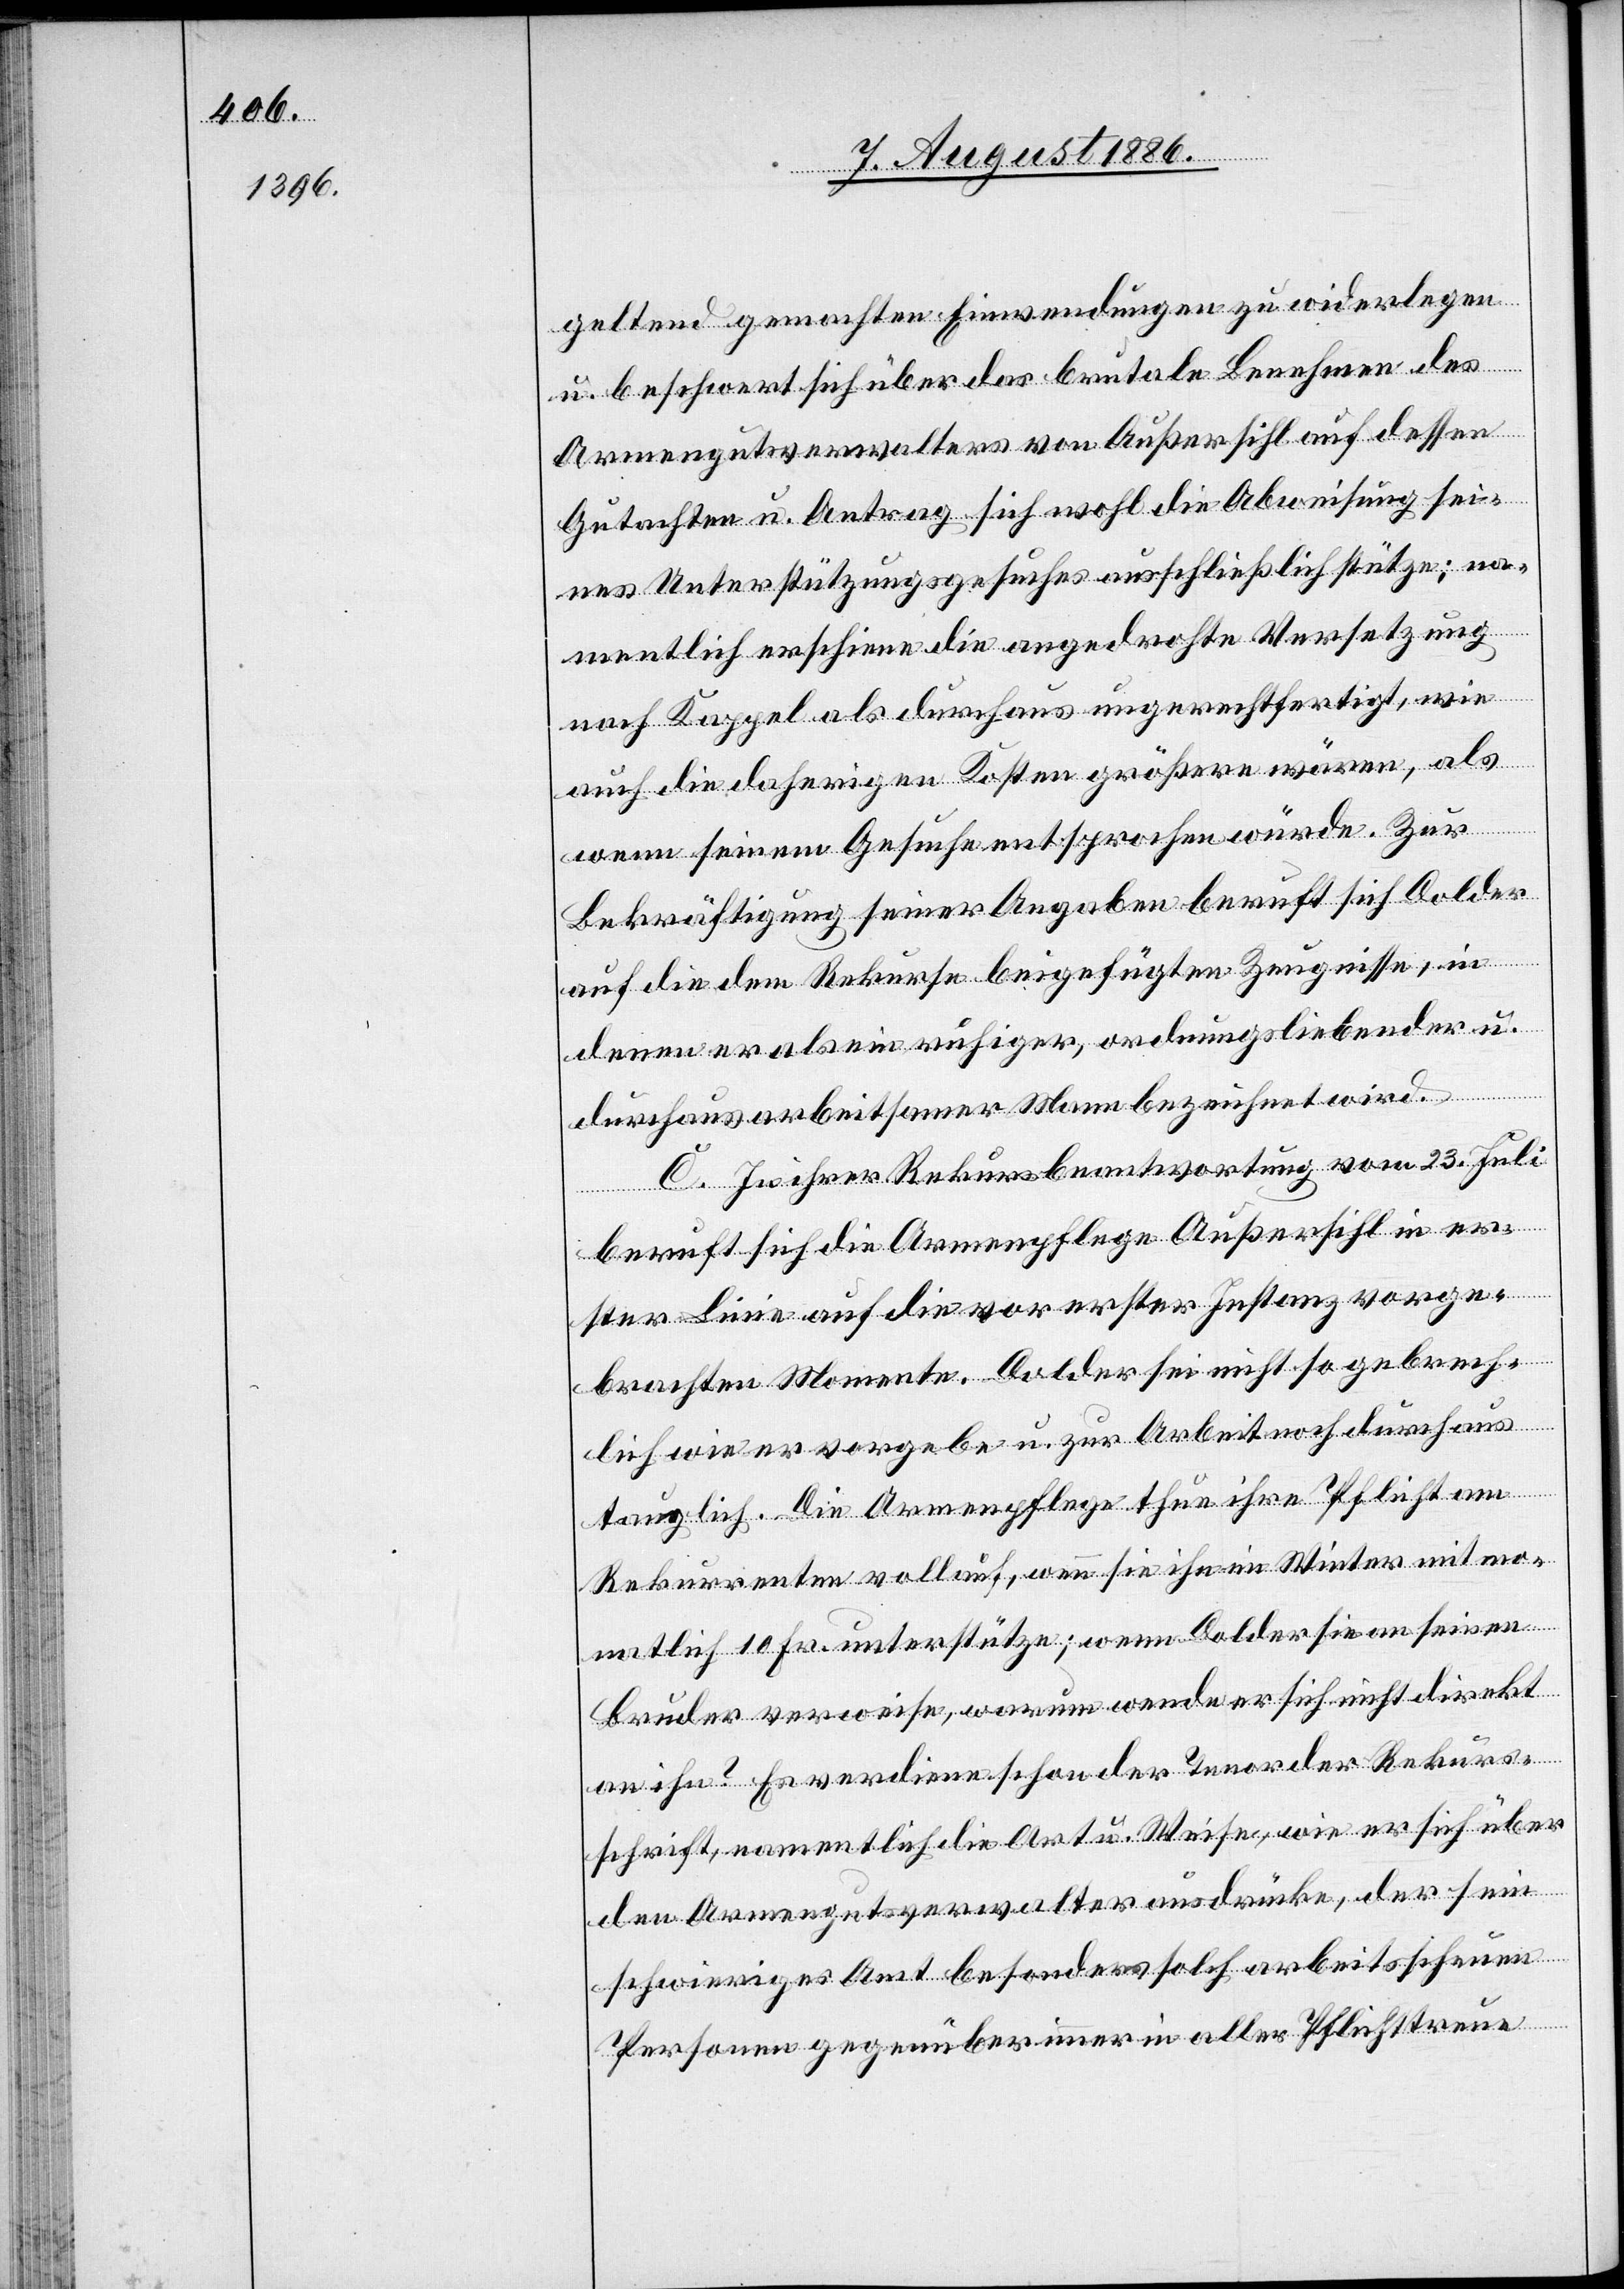
geltend gemachten Einwendungen zu widerlegen
u. beschwert sich über das brutale Benehmen des
Armengutsverwalters von Außersihl auf dessen
Gutachten u. Antrag sich wohl die Abweisung sei¬
nes Unterstützungsgesuches ausschließlich stütze; na¬
mentlich erschiene die angedrohte Versetzung
nach Kappel als durchaus ungerechtfertigt, wie
auch die daherigen Kosten größere wären, als
wenn seinem Gesuche entsprochen würde. Zur
Bekräftigung seiner Angaben beruft sich Dolder
auf die dem Rekurse beigefügten Zeugnisse, in
denen er als ein ruhiger, ordnungsliebender u.
durchaus arbeitsamer Mann bezeichnet wird.
C. In ihrer Rekursbeantwortung vom 23. Juli
beruft sich die Armenpflege Außersihl in er¬
ster Linie auf die vor erster Instanz vorge¬
brachten Momente- Dolder sei nicht so gebrech¬
lich wie er vorgebe u. zur Arbeit noch durchaus
tauglich. Die Armenpflege thue ihre Pflicht am
Rekurrenten vollauf, wenn sie ihn im Winter mit mo¬
natlich 10 Fr. unterstütze; wenn Dolder sie an seinen
Bruder verweise, warum wende er sich nicht direkt
an ihn? Es verdiene schon der Tenor der Rekurs¬
schrift, namentlich die Art u. Weise, wie er sich über
den Armengutsverwalter ausdrücke, der sein
schwieriges Amt besonders solch arbeitsscheuen
Personen gegenüber immer in aller Pflichttreue